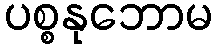
ပစ္စနုဘောမ